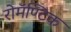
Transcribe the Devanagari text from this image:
रोमॅण्टिक